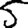
Digit: 5